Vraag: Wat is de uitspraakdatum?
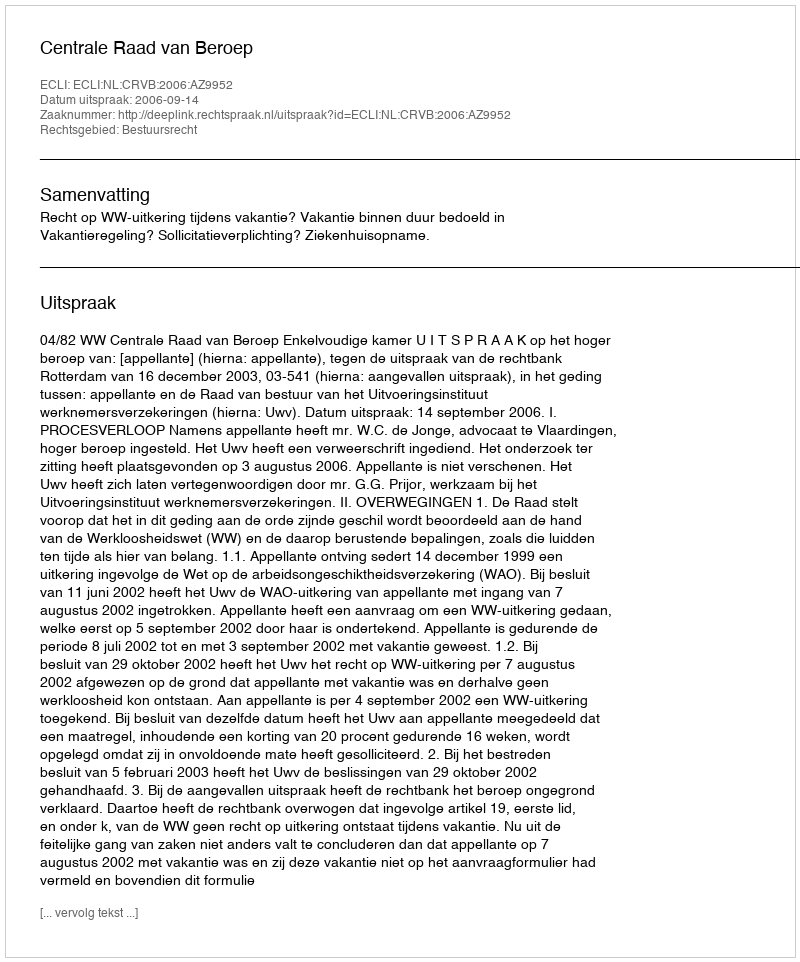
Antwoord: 2006-09-14